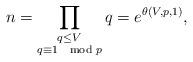
LaTeX: \begin{align*}n = \prod_{\substack{q \le V \\ q \equiv 1 \mod p}} q = e^{\theta(V, p, 1)},\end{align*}